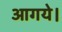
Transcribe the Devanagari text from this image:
आगये।